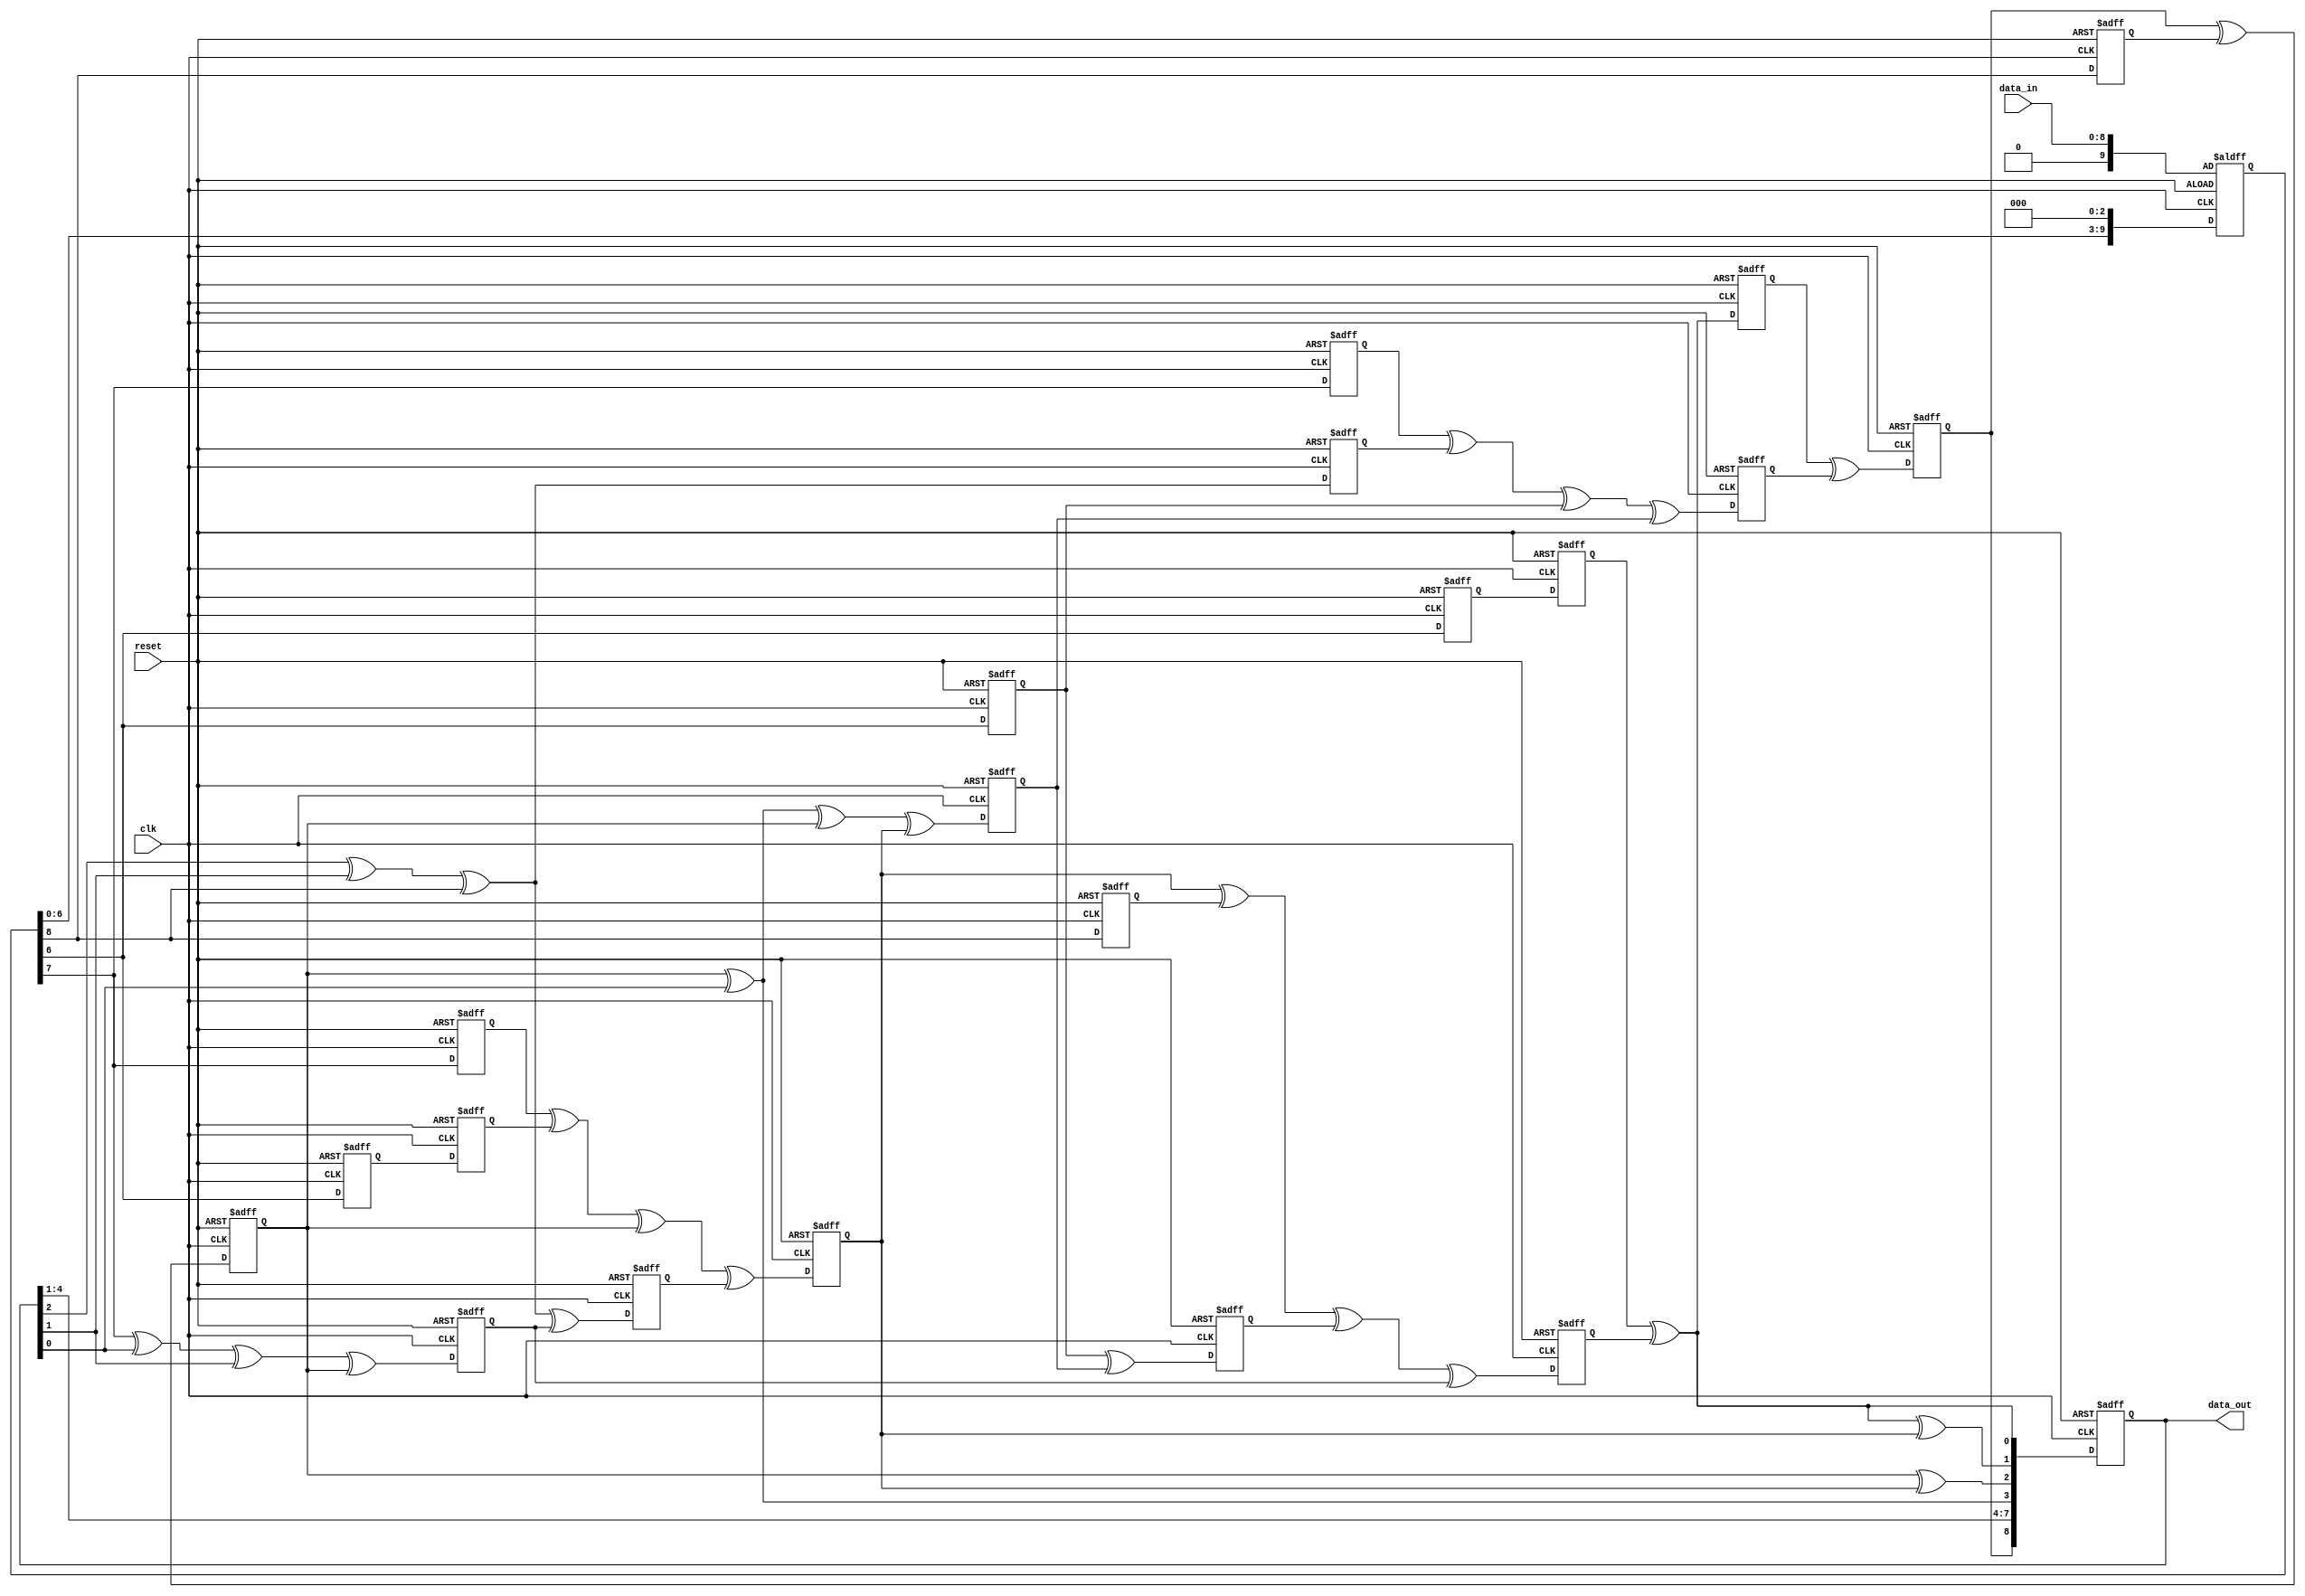
`timescale 1ns / 1ps
//////////////////////////////////////////////////////////////////////////////////
// Company: 
// Engineer: 
// 
// Design Name: 
// Module Name:    Three_parallel_CRC_retimed 
// Project Name: 
// Target Devices: 
// Tool versions: 
// Description: 
//
// Dependencies: 
//
// Revision: 
// Revision 0.01 - File Created
// Additional Comments: 
//
//////////////////////////////////////////////////////////////////////////////////

//Verilog code for generator polynomial 1+y+y8+y9 with 3 level unfolding and retimed

module Three_parallel_CRC_retimed(clk,reset,data_in,data_out);

input clk,reset;
input [8:0] data_in ;
output reg [8:0] data_out;
reg [9:0] data_reg;
reg d1,d2,d3,d41,d42,d5,d6,d7,d8,d9,d10,d11,d121,d122,d13,d14,d15,d16,d17,d18;

always @(posedge clk or posedge reset)
begin
if(reset)
	begin
	data_out <= 9'd0;
	//out <= 9'd0;
	d1 <= 0;
	d2 <= 0;
	d3 <= 0;
	d41 <= 0;
	d42 <= 0;
	d5 <= 0;
	d6 <= 0;
	d7 <= 0;
	d8 <= 0;
	d9 <= 0;
	d10 <= 0;
	d11 <= 0;
	d121 <= 0;
	d122 <= 0;
	d13 <= 0;
	d14 <= 0;
	d15 <= 0;
	d16 <= 0;
	d17 <= 0;
	d18 <= 0;
	$display("1  data_out = %b ",data_out);
	data_reg <= data_in;
	$display("1  data_in = %b ",data_reg);
	end
else
	begin
	
		d1 <= data_reg[8];
		d2 <= d13^d1;
		d3 <= data_reg[8];
		d41 <= data_reg[6];
		d42 <= d41;
		d5 <= data_out[2]^data_out[1]^data_reg[8]^d11;
		d6 <= data_out[2]^data_out[1]^data_reg[8];
		d7 <= data_reg[7];
		d8 <= d7^d42^d2^d5;
		d9 <= d8^d3^d10^d11;
		d10 <= d17^d18;
		d11 <= data_reg[7]^data_out[0]^data_out[1]^d2;
		d121 <= data_reg[6];
		d122 <= d121;
		d13 <= d14^d15;
		d14 <= d122^d9;
		d15 <= d16^d6^d17^d18;
		d16 <= data_reg[7];
		d17 <= data_reg[6];
		d18 <= d2^data_out[0]^d2^d8;
		
		data_out[0] <= d122^d9;
		data_out[1] <= d122^d9^d8;
		data_out[2] <= d2^d8;
		data_out[3] <= data_out[0]^d2;
		data_out[4] <= data_out[1];
		data_out[5] <= data_out[2];
		data_out[6] <= data_out[3];
		data_out[7] <= data_out[4];
		data_out[8] <= d13;
		

		//101011010
		data_reg <= data_reg<<3;
		//data_reg <= {data_reg[5:0],data_reg[8],data_reg[7],data_reg[6]};				
		//$display($time," output = %b ",data_out);
		$display($time," output = %b%b%b%b%b%b%b%b%b ",data_out[0],data_out[1],data_out[2],data_out[3],data_out[4],data_out[5],data_out[6],data_out[7],data_out[8]);
		
	end
	//out <= ~data_out;
	//$display("2  out = %b ",out);
end

endmodule